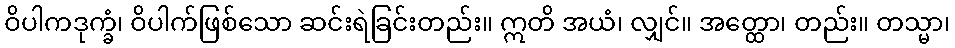
ဝိပါကဒုက္ခံ၊ ဝိပါက်ဖြစ်သော ဆင်းရဲခြင်းတည်း။ ဣတိ အယံ၊ လျှင်။ အတ္ထော၊ တည်း။ တသ္မာ၊